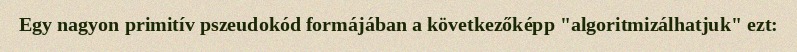
Egy nagyon primitív pszeudokód formájában a következőképp "algoritmizálhatjuk" ezt: